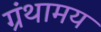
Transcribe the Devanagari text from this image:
ग्रंथामय